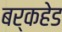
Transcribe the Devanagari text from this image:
बर्कहेड